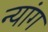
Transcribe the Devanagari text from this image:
न्यांग